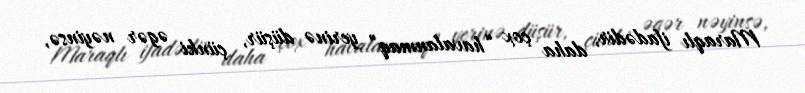
Maraqlı ifadədir, daha çox “havalanmaq” yerinə düşür, çünki əgər nəyinsə,